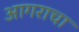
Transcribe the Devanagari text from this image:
आगराचा